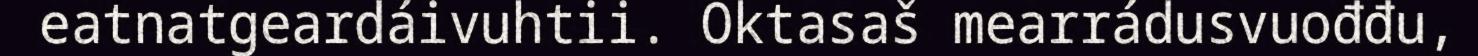
eatnatgeardáivuhtii. Oktasaš mearrádusvuođđu,